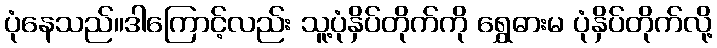
ပုံနေသည်။ဒါကြောင့်လည်း သူ့ပုံနှိပ်တိုက်ကို ရွှေဓားမ ပုံနှိပ်တိုက်လို့